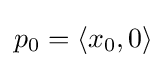
{\textstyle p_{0}=\langle x_{0},0\rangle }